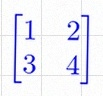
\begin{bmatrix}1&2\\3&4\end{bmatrix}